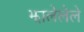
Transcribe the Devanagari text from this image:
झालेलेले